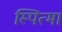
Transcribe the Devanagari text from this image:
स्पित्मा